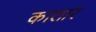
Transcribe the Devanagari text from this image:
कालार